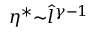
\eta ^ { * } { \sim } \hat { l } ^ { \gamma - 1 }